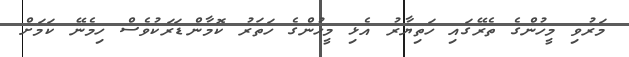
މަރުވި މީހުންގެ ތެރޭގައި ހަތިޔާރު އެޅި މީހުންގެ ހަތަރު ކޮމާންޑަރަކުވެސް ހިމެނޭ ކަމަށް